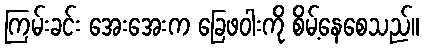
ကြမ်းခင်း အေးအေးက ခြေဖဝါးကို စိမ့်နေစေသည်။